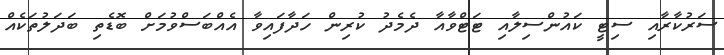
ސަރުކާރާއި ސިޓީ ކައުންސިލާއި ޓަޓްވާއާ ދެމެދު ކުރިން ހަދާފައިވާ އެއްބަސްވުމަށް ބޮޑެތި ބަދަލުތަކެއް